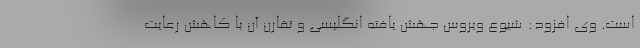
است. وی افزود: شیوع ویروس جهش یافته انگلیسی و تقارن آن با کاهش رعایت